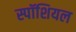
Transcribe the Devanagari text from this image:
स्पॉशियल